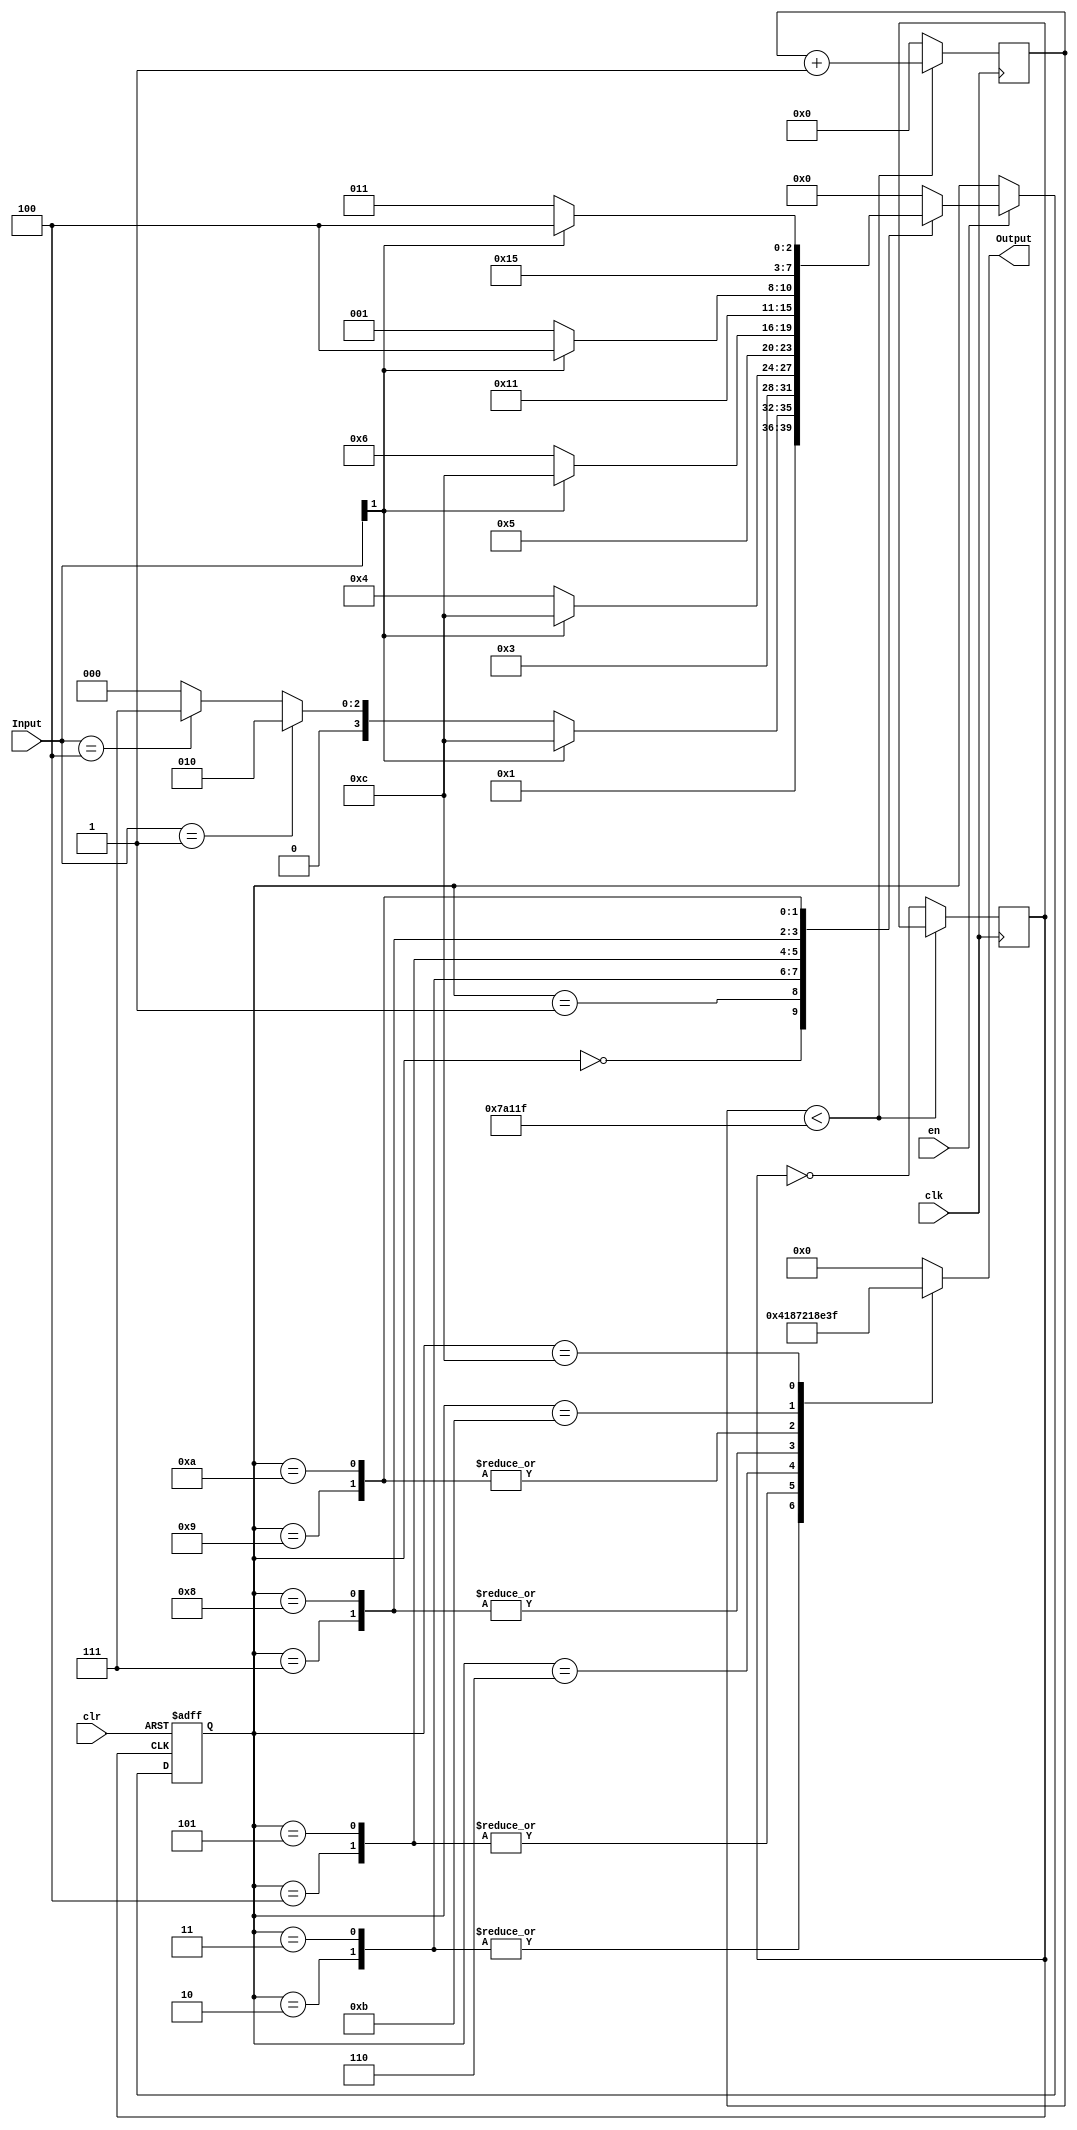
module FSM(Input,en,clr,clk,Output);
input [2:0] Input;
input en,clr,clk;
output reg [5:0] Output;
reg [3:0] state, NS;
reg [18:0] count_reg = 0;//counter for the clock divider
reg out100 = 0;//output from the clock divider to change the states

parameter [3:0] S0 = 4'b0000, S1 = 4'b0001,S2 = 4'b0010, S3 = 4'b0011, S4 = 4'b0100, S5 = 4'b0101, S6 = 4'b0110, S7 = 4'b0111, S8 = 4'b1000, S9 = 4'b1001, S10 = 4'b1010, S11 = 4'b1011, S12 = 4'b1100; 

//if the signal from the clock divider is active it will change the state to next state 
always@(negedge clr, posedge out100)begin 
	if(clr == 0)
		state <= S0;
	else if(en)
		state <= NS;
	end 
	
	

// clock divider that changes  50MHz clock to 100Hz
always@(posedge clk)begin
	
	if(count_reg < 499999)begin
		count_reg <= count_reg+1;
	end
	else begin
		count_reg <= 0;
		out100 <= ~out100;//once it reaches count it will set a signal to change states
	end


end

always@(state)begin 


case(state)

S0: begin//first state to set everything to 0
	Output = 6'b000000;
	NS = S1;
	end
	
	
S1: begin//state that checks to see what lights need to be on
	Output = 6'b000000;
	
	if(Input[1])
		NS = S12;
	else if(Input == 3'b001)//checks if the right signal is on
		NS = S2;
	else if(Input == 3'b100)//checks if the left signal is on
		NS = S7;
	else if(Input == 3'b101)//checks if the HAZ light is on 
		NS = S0;
	else begin
		NS = S0;
		Output = 6'b000000;
		end
	end
	
	
S2:begin 
		Output = 6'b000100;//first bit of the right signal light
		NS = S3;
	end
	
	
S3: begin //check in the state if the HAZ light has been inputed 
	Output = 6'b000100;
	if(Input[1])
		NS = S12;//go to HAZ state
	else 
		NS = S4;//go the next state check 
	end
	
	
S4: begin 
	Output = 6'b000110; //continue to change light 
	NS = S5;
	end
	
	
S5: begin
	Output = 6'b000110;//keep old value
	if(Input[1])//go to haz state
		NS = S12;
	else 
		NS = S6;
	end
	
	
S6: begin
	Output = 6'b000111;//finish the right light 
	NS = S0;
	end
	
	
S7: begin 
	Output = 6'b001000;// the start of the left light
	NS = S8;
	end
	
	
S8:begin 
	Output = 6'b001000;//keeping old value 
	if(Input[1])//check haz input 
	NS = S12;//go to haz state 
	else 
	NS = S9;
	end
	
	
S9: begin 
	Output = 6'b011000;//contineu with the left lights 
	NS = S10;
	end
	
	
S10: begin 
	Output = 6'b011000;//keep old value 
	if(Input[1])//check haz input 
	NS = S12;//go to haz state
	else 
	NS = S11;
	end
	
	
S11: begin
	Output = 6'b111000;//finish the cycle for the left light 
	NS = S0;
	end
	
	
S12: begin
	Output = 6'b111111;// haz state will keep flashing and going back to 
	NS = S0;
	end
	
	
default:begin 
	NS <= S0;
	Output <= 6'b000000;
end

endcase
	
end


endmodule